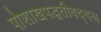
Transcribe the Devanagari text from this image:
पोशाखपद्धतीबद्दल